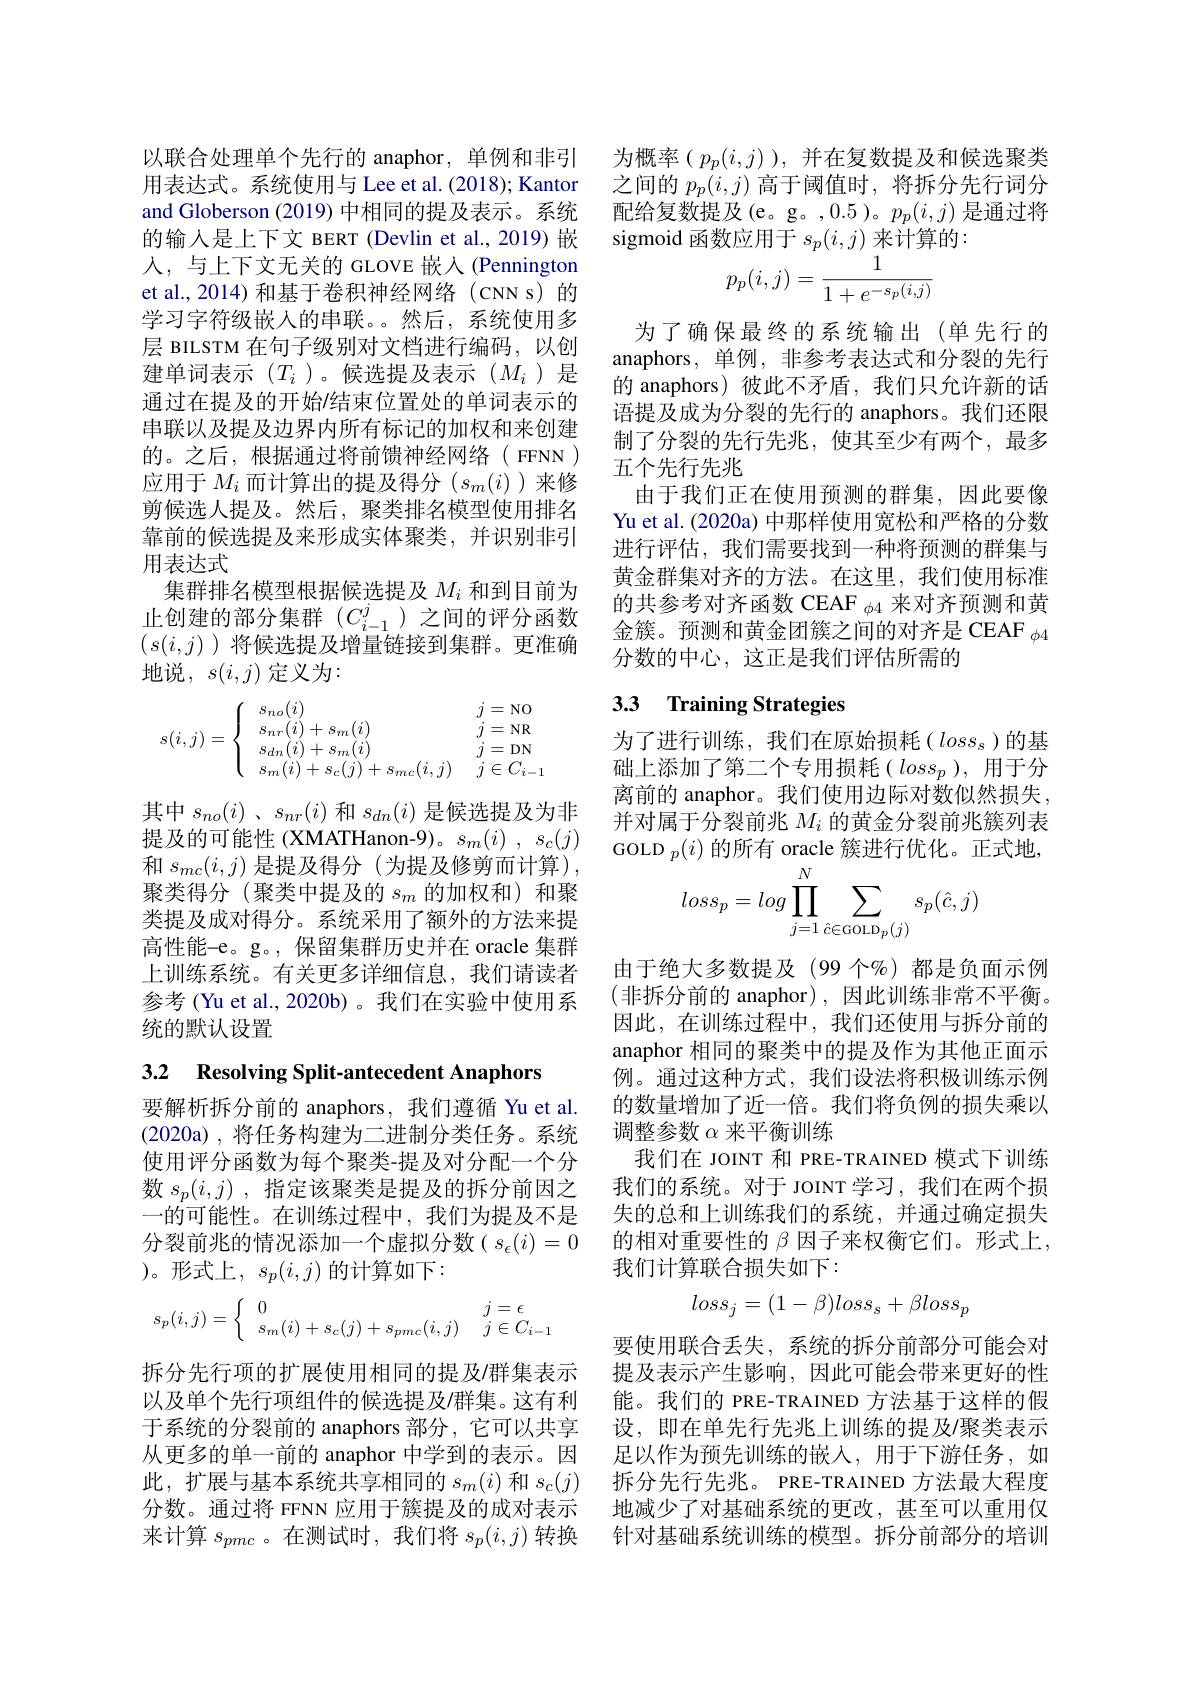
以联合处理单个先行的 anaphor, 单例和非引用表达式。系统使用与 Lee et al. (2018); Kantor and Globerson (2019) 中相同的提及表示。系统的输入是上下文 BERT (Devlin et al., 2019) 嵌人，与上下文无关的 GLOVE 嵌入(Pennington et al., 2014) 和基于卷积神经网络( cNN s) 的学习字符级嵌入的串联。然后，系统使用多层 BILSTM 在句子级别对文档进行编码，以创建单词表示($T_i$)。候选提及表示($M_i$)是通过在提及的开始/结束位置处的单词表示的串联以及提及边界内所有标记的加权和来创建的。之后，根据通过将前馈神经网络( FFNN ) 应用于$M_i$而计算出的提及得分$(s_m(i)$)来修剪候选人提及。然后，聚类排名模型使用排名靠前的候选提及来形成实体聚类，并识别非引用表达式
集群排名模型根据候选提及$M_i$和到目前为止创建的部分集群($C_i-1^j$)之间的评分函数$(s(i,j)$ )将候选提及增量链接到集群。更准确地说，$s(i,j)$定义为：
$$s(i,j)=\left\{\begin{array}{ll}s_{no}(i)&\quad j=\text{NO}\\s_{nr}(i)+s_{m}(i)&\quad j=\text{NR}\\s_{dn}(i)+s_{m}(i)&\quad j=\text{DN}\\s_{m}(i)+s_{c}(j)+s_{mc}(i,j)&\quad j\in C_{i-1}\end{array}\right.$$
其中$s_{no}(i)$ 、$s_{nr}(i)$和$s_dn(i)$是候选提及为非提及的可能性 (XMATHanon-9)。$s_m( i)$ , $s_c( j)$ 和$s_{mc}(i,j)$是提及得分 (为提及修剪而计算), 聚类得分(聚类中提及的$s_m$的加权和)和聚类提及成对得分。系统采用了额外的方法来提高性能-e。g。, 保留集群历史并在 oracle 集群上训练系统。有关更多详细信息，我们请读者参考 (Yu et al., 2020b) 。我们在实验中使用系统的默认设置

3.2 Resolving Split-antecedent Anaphors

要解析拆分前的 anaphors,我们遵循 Yu et al. (2020a) ,将任务构建为二进制分类任务。系统使用评分函数为每个聚类-提及对分配一个分数$s_p(i,j)$ ,指定该聚类是提及的拆分前因之一的可能性。在训练过程中，我们为提及不是分裂前兆的情况添加一个虚拟分数($s_\epsilon(i)=0$ )。形式上，$s_p(i,j)$的计算如下：

拆分先行项的扩展使用相同的提及/群集表示以及单个先行项组件的候选提及/群集。这有利于系统的分裂前的 anaphors 部分，它可以共享从更多的单一前的 anaphor 中学到的表示。因此，扩展与基本系统共享相同的$s_m(i)$ 和 $s_c(j)$ 分数。通过将 FFNN 应用于簇提及的成对表示来计算$s_pmc$ 。在测试时，我们将$s_p(i,j)$转换

为概率($p_p(i,j)$),并在复数提及和候选聚类之间的$p_p(i,j)$高于阈值时，将拆分先行词分配给复数提及(e。g。,0.5)。$p_p(i,j)$是通过将sigmoid 函数应用于$s_p(i,j)$来计算的：
$$\begin{array}{c}{p_{p}(i,j)=\frac{1}{1+e^{-s_{p}(i,j)}}}\end{array}$$
为了确保最终的系统输出(单先行的anaphors, 单例，非参考表达式和分裂的先行的 anaphors) 彼此不矛盾，我们只允许新的话语提及成为分裂的先行的 anaphors。我们还限制了分裂的先行先兆，使其至少有两个，最多五个先行先兆
由于我们正在使用预测的群集，因此要像Yu et al. (2020a) 中那样使用宽松和严格的分数进行评估，我们需要找到一种将预测的群集与黄金群集对齐的方法。在这里，我们使用标准的共参考对齐函数 CEAF $_{\phi4}$来对齐预测和黄金簇。预测和黄金团簇之间的对齐是 CEAF $_{\phi4}$ 分数的中心，这正是我们评估所需的

## 3.3 Training Strategies

为了进行训练，我们在原始损耗($loss_s$)的基础上添加了第二个专用损耗($loss_p)$,用于分离前的 anaphor。我们使用边际对数似然损失， 并对属于分裂前兆$M_i$的黄金分裂前兆簇列表GOLD $_p(i)$的所有 oracle 簇进行优化。正式地，
$$\begin{aligned}&p(v)\text{ 的})\text{川 }\\&loss_{p}=log\prod_{j=1}^{N}\sum_{\hat{c}\in\mathrm{GOLD}_{p}(j)}s_{p}(\hat{c},j)\end{aligned}$$
由于绝大多数提及(99个%)都是负面示例(非拆分前的 anaphor),因此训练非常不平衡。因此，在训练过程中，我们还使用与拆分前的anaphor 相同的聚类中的提及作为其他正面示例。通过这种方式，我们设法将积极训练示例的数量增加了近一倍。我们将负例的损失乘以调整参数$\alpha$来平衡训练
我们在 JOINT 和 PRE-TRAINED 模式下训练我们的系统。对于 JOINT 学习，我们在两个损失的总和上训练我们的系统，并通过确定损失的相对重要性的$\beta$因子来权衡它们。形式上， 我们计算联合损失如下：
$$s_p(i,j)=\left\{\begin{array}{ll}0&j=\epsilon\\s_m(i)+s_c(j)+s_{pmc}(i,j)&j\in C_{i-1}\end{array}\right.\quad loss_j=(1-\beta)loss_s+\beta loss_p$$
提及表示产生影响，因此可能会带来更好的性能。我们的 PRE-TRAINED 方法基于这样的假设，即在单先行先兆上训练的提及/聚类表示足以作为预先训练的嵌入，用于下游任务，如拆分先行先兆。PRE-TRAINED 方法最大程度地减少了对基础系统的更改，甚至可以重用仅针对基础系统训练的模型。拆分前部分的培训